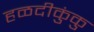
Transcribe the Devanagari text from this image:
हळदीकुंकु